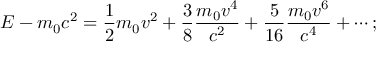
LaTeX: E - m _ { 0 } c ^ { 2 } = { \frac { 1 } { 2 } } m _ { 0 } v ^ { 2 } + { \frac { 3 } { 8 } } { \frac { m _ { 0 } v ^ { 4 } } { c ^ { 2 } } } + { \frac { 5 } { 1 6 } } { \frac { m _ { 0 } v ^ { 6 } } { c ^ { 4 } } } + \cdots ;